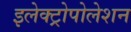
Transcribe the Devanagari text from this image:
इलेक्ट्रोपोलेशन